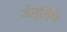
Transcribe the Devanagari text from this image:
जंतुविषे